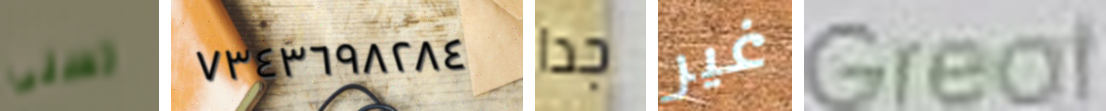
تسنى ٧٣٤٣٦٩٨٢٨٤ جدا غير Great